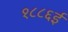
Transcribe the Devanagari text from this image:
१८८६ई